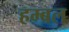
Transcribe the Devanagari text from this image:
हम्बल